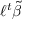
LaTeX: \ell ^ { t } { \tilde { \beta } }